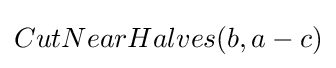
CutNearHalves(b,a-c)